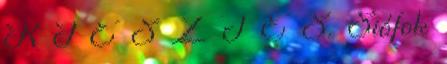
R J E S Z T É S. Siófok